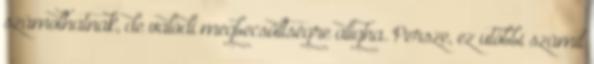
számolhatnak, de valódi megbecsültségre aligha. Persze, ez utóbbi számít